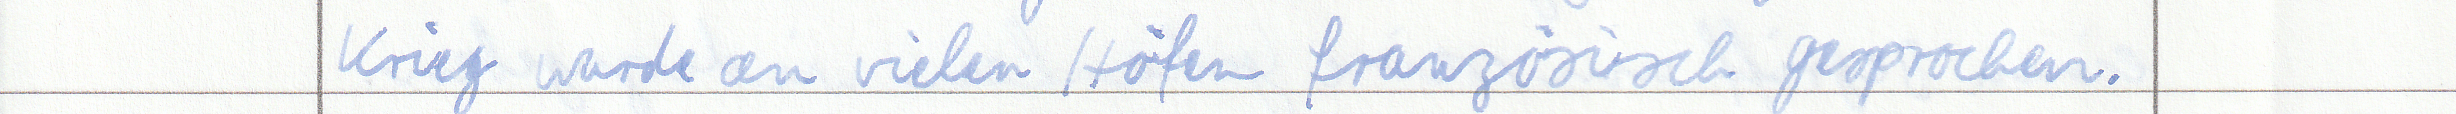
Krieg wurde an vielen Höfen französisch gesprochen.